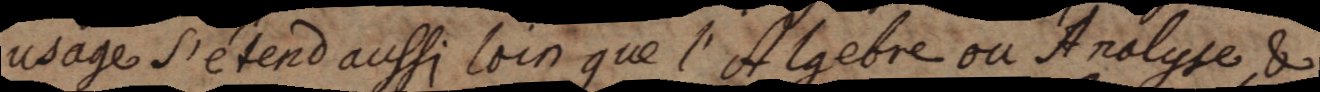
usage s’étend aussi loin que l’Algebre ou Analyse, &